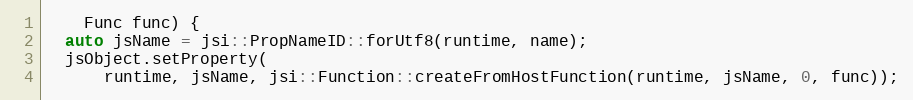
Language: C
    Func func) {
  auto jsName = jsi::PropNameID::forUtf8(runtime, name);
  jsObject.setProperty(
      runtime, jsName, jsi::Function::createFromHostFunction(runtime, jsName, 0, func));